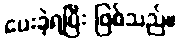
ပေးခဲ့ရပြီး ဖြစ်သည်။